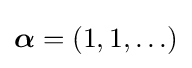
{\boldsymbol {\alpha }}=(1,1,\ldots )